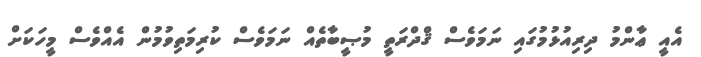
އެއީ ޢާންމު ދިރިއުޅުމުގައި ނަމަވެސް ޤްދްރަތީ މުޞީބާތެއް ނަމަވެސް ކުރިމަތިވުމުން އެއްވެސް މީހަކަށް